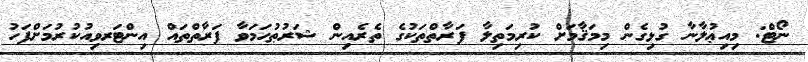
ނޯޓް: މިއިޢުލާނާ ގުޅިގެން މިމަޤާމަށް ކުރިމަތިލާ ފަރާތްތަކުގެ ތެރެއިން ޝަރުޠުހަމަވާ ފަރާތްތައް އިންޓަރވިއުކުރުމަށްފަހު